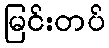
မြင်းတပ်